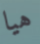
هيا